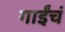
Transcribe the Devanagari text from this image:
गाईंचं